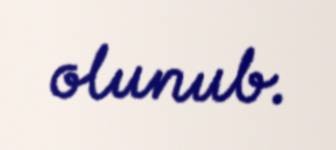
olunub.